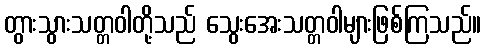
တွားသွားသတ္တဝါတို့သည် သွေးအေးသတ္တဝါများဖြစ်ကြသည်။